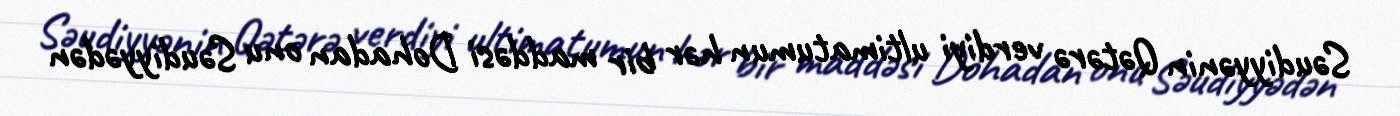
Səudiyyənin Qətərə verdiyi ultimatumun hər bir maddəsi Dohadan onu Səudiyyədən